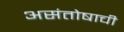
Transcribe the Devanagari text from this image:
असंतोषाची